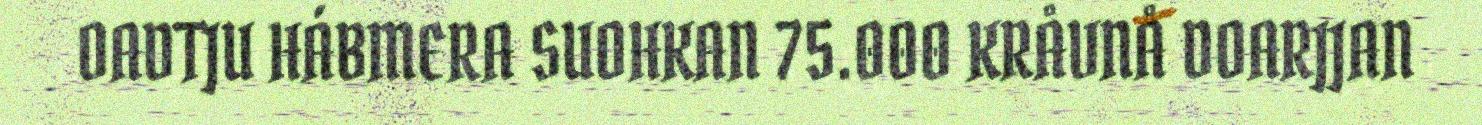
OADTJU HÁBMERA SUOHKAN 75.000 KRÅVNÅ DOARJJAN